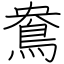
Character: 鴦